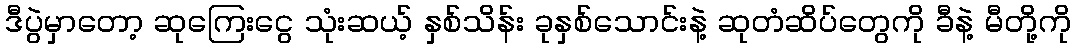
ဒီပွဲမှာတော့ ဆုကြေးငွေ သုံးဆယ့် နှစ်သိန်း ခုနှစ်သောင်းနဲ့ ဆုတံဆိပ်တွေကို ခီနဲ့ မီတို့ကို